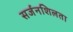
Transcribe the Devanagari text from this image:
सर्जनशिलता